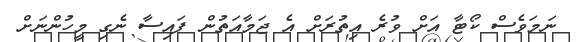
ނަމަވެސް ކޯޓާ އަށް ވުރެ އިތުރަށް އެ ޖަމާއަތުން ފައިސާ ނެގި މީހުންނަށް